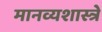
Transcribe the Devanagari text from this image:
मानव्यशास्त्रे